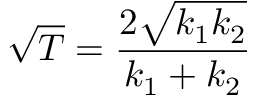
{ \sqrt { T } } = { \frac { 2 { \sqrt { k _ { 1 } k _ { 2 } } } } { k _ { 1 } + k _ { 2 } } }